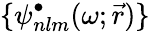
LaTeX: \{ \psi_{nlm}^{\bullet}(\omega;\vec{r})\}